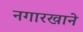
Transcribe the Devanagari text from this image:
नगारखाने